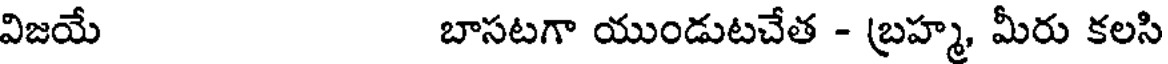
విజయే బాసటగా యుండుటచేత - బ్రహ్మ, మీరు కలసి